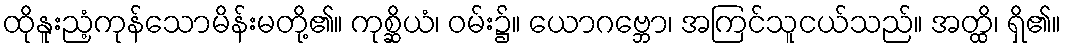
ထိုနူးညံ့ကုန်သောမိန်းမတို့၏။ ကုစ္ဆိယံ၊ ဝမ်း၌။ ယောဂဗ္ဘော၊ အကြင်သူငယ်သည်။ အတ္ထိ၊ ရှိ၏။